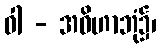
ဝါ - အဝိဟာဘုံ၌၊